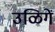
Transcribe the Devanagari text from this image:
उळिगें